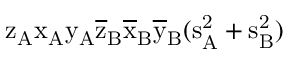
\mathrm { z _ { A } \mathrm { x _ { A } \mathrm { y _ { A } \mathrm { \overline { { z } } _ { B } \mathrm { \overline { { x } } _ { B } \mathrm { \overline { { y } } _ { B } ( \mathrm { s _ { A } ^ { 2 } + \mathrm { s _ { B } ^ { 2 } ) } } } } } } } }